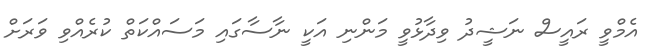
އެމްވީ ރައީސް ނަޝީދު ވިދާޅުވީ މަންނި އަކީ ނާސާގައި މަސައްކަތް ކުރެއްވި ވަރަށް